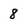
Character: 8